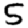
Digit: 5